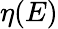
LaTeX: \eta(E)